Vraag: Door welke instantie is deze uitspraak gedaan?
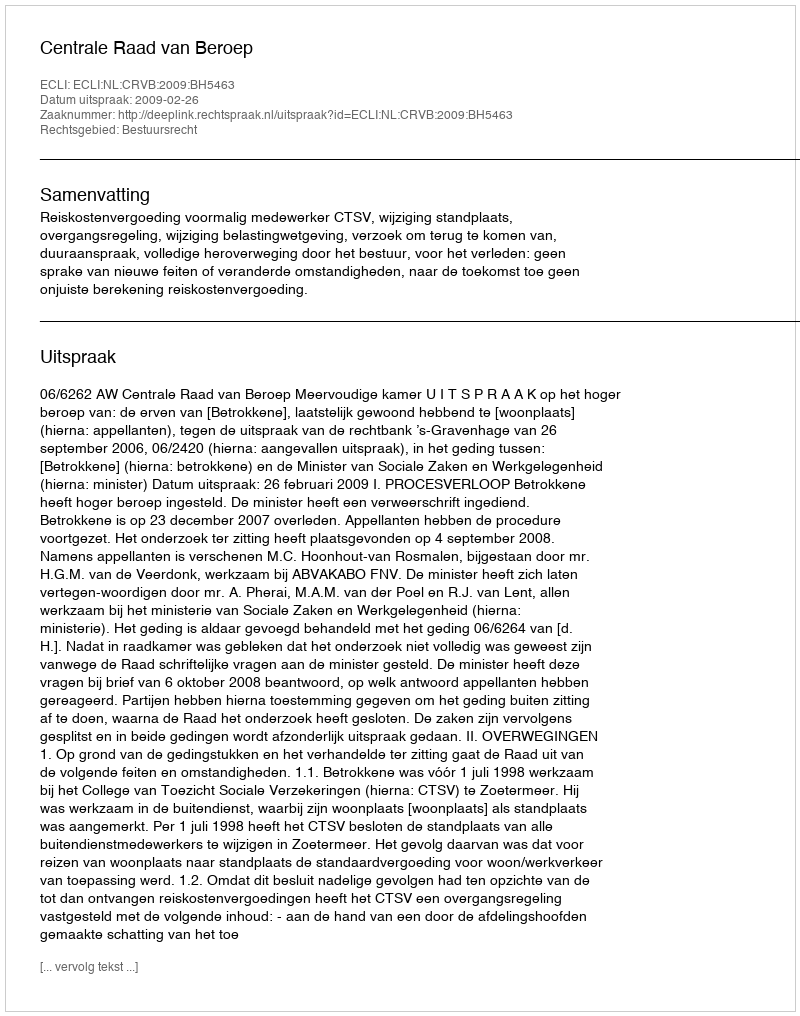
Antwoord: Centrale Raad van Beroep